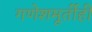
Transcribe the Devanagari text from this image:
गणेशमूर्तीही